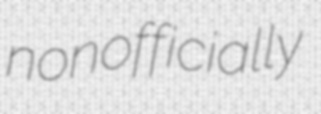
nonofficially